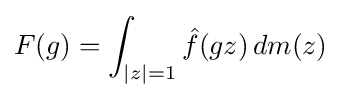
F(g)=\int _{|z|=1}{\hat {f}}(gz)\,dm(z)